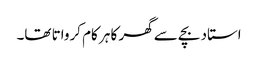
استاد بچے سے گھر کا ہر کام کرواتا تھا۔